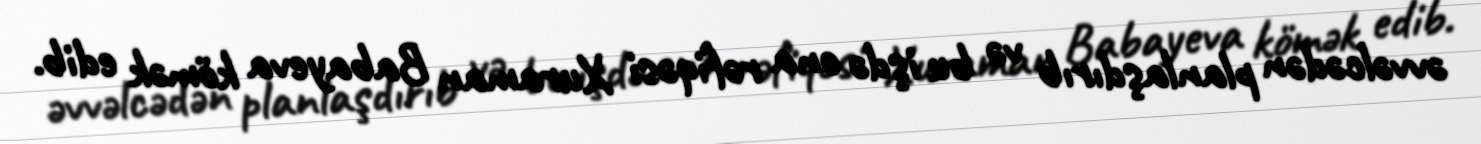
əvvəlcədən planlaşdırıb və bu işdə ona rəfiqəsi Xuraman Babayeva kömək edib.